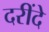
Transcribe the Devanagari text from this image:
दरींदे